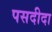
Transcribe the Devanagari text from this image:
पसदीदा